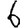
Digit: 6